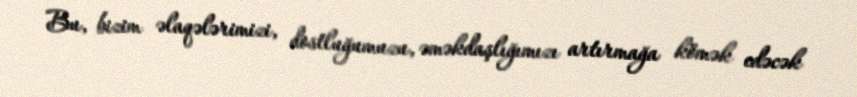
Bu, bizim əlaqələrimizi, dostluğumuzu, əməkdaşlığımızı artırmağa kömək edəcək